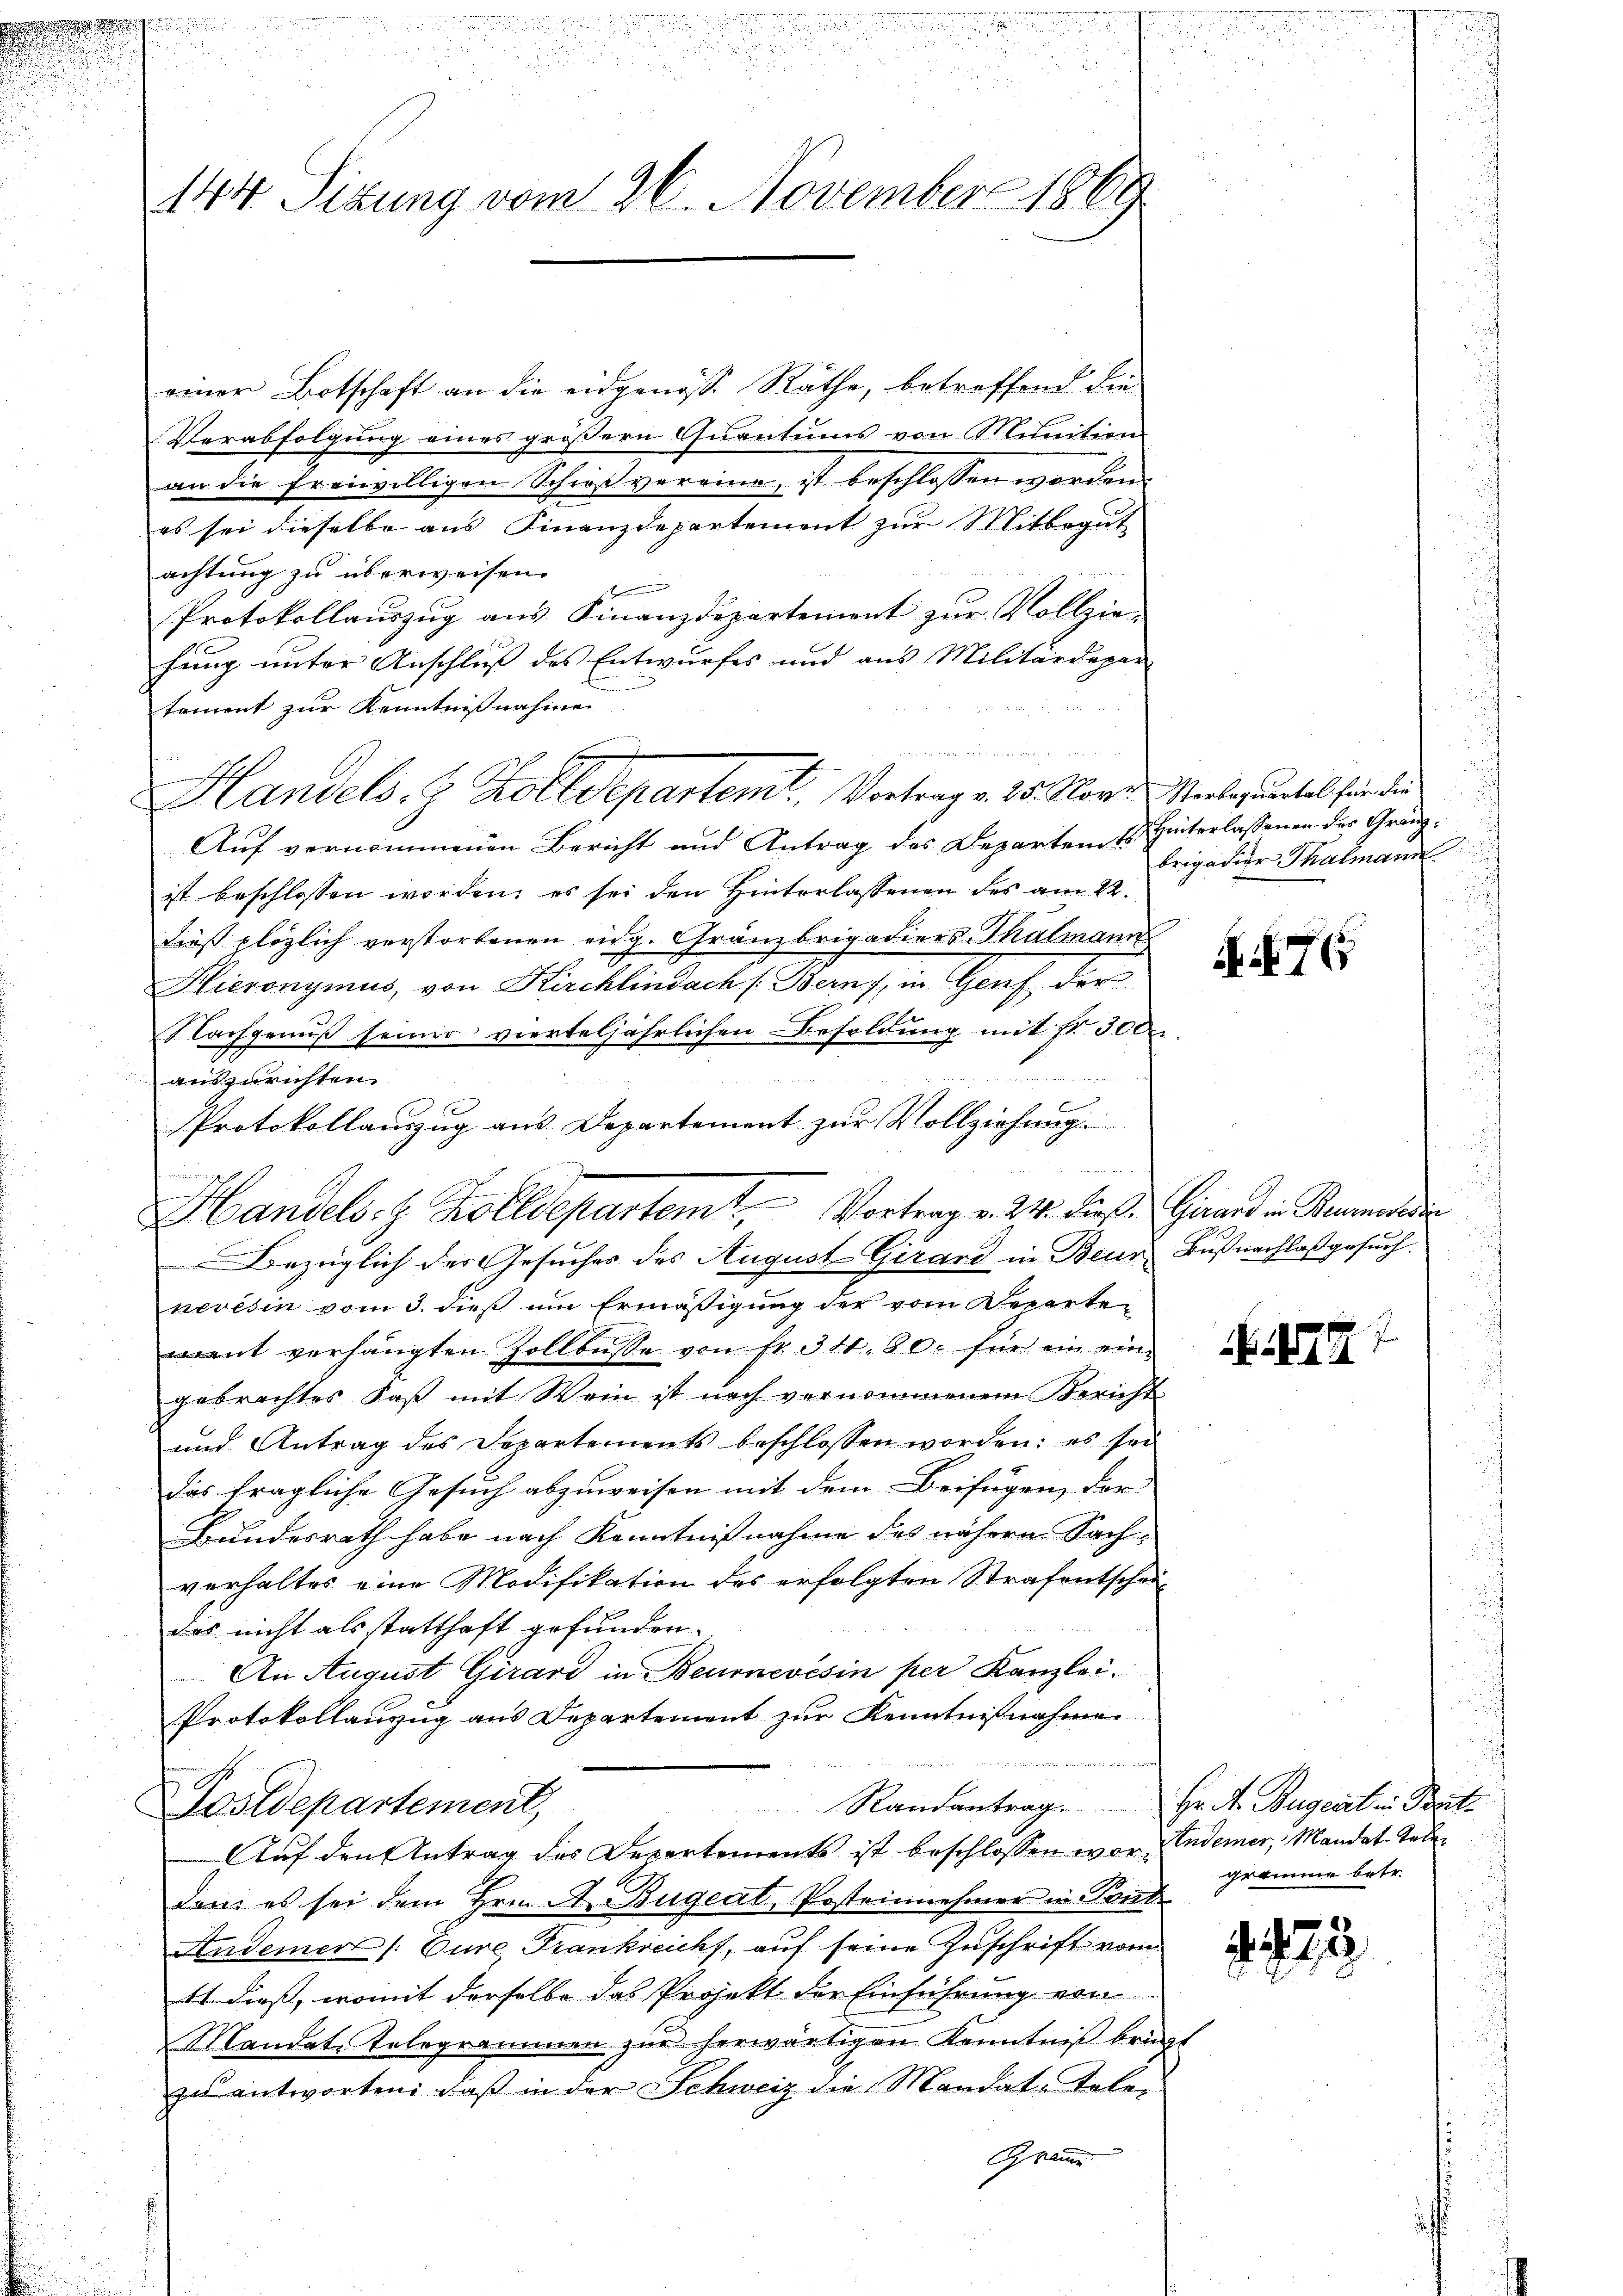
.
d

144. Sitzung vom 26. November 1869

einer Botschaft an die eidgenöss. Räthe, betreffend die
Verabfolgung eines größern Quantums von Munition
an die freiwilligen Schießvereine, ist beschlossen worden.
es sei dieselbe aus Finanzdepartement zur Mitbegut
achtung zu überweisen.
Protokollauszug aus Finanzdepartement zur Vollzie-
hung unter Anschluß des Entwurfes und aus Militärdepar
tement zur Kenntnißnahme
Auf vernommenen Bericht und Antrag des Departem E. Hinterlassenen des Gränzist beschlossen worden; es sei den Hinterlassenen des am 22.
dieß plözlich verstorbenen eidg. Gränzbrigations-Thalmann
Hieronymus, von Kirchlindach Bern, in Genf der
Nachgenuß seiner vierteljährlichen Besoldung mit fr. 300

auszurichten
Bezüglich des Gesuches des August Girard in Beur Bußnachlaßgesŭch.
nevésin vom 3. dieß um Ermäßigung der vom Departement verhängten Zollbusse von Nr. 34. 80. für ein eingebrachtes Faß mit Wein ist nach vernommenem Bericht
und Antrag des Departements beschlossen worden: es sei
das fragliche Gesuch abzuweisen mit dem Beifügen, der |
Bundesrath habe nach Kenntnißnahme des nähern Sach-
verhaltes eine Modifikation des erfolgten Strafentscheidas nicht als statthaft gefunden.
An August Girard in Beurnevésin per Kanzlei.
Protokollanzug aus Departement zur Kenntnißnahme.
2
Randantrag. Hr. A. Bugeat in Bets
Postdepartement,
Auf den Antrag des Departements ist beschlossen war. Enderer, Mandat-Teledan es sei dem Hrn. A. Bügeat, Posteinnehmer in Pont
Andener /: Eure Frankreicht, auf seine Zuschrift vom
4 dieß, womit derselbe das Projekt der Einführung von
Mandat Telegrammen zur herwärtigen Kenntniß bring.
zu antworten: daß in der Schweiz die Mandat-Tele-

Handels. Z. Zolldepartemt. Vortrag v. 25. Nove Verker untel finden

Protokollauszug aus Departement zur Vollziehung.

e
Handels. Kolldepartemt. Vortrag v. 24. dieß: Girard in Bernere

brigadier Thalmann

.76

. 479

gramme betr.

e
1